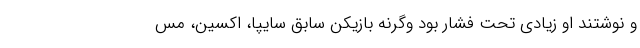
و نوشتند او زیادی تحت فشار بود وگرنه بازیکن سابق سایپا، اکسین، مس